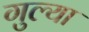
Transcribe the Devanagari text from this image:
गुल्या